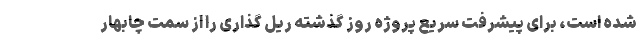
شده است، برای پیشرفت سریع پروژه روز گذشته ریل گذاری را از سمت چابهار